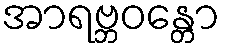
အာရဗ္ဘဝန္တော